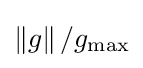
\left\|g\right\|/g_{\text{max}}